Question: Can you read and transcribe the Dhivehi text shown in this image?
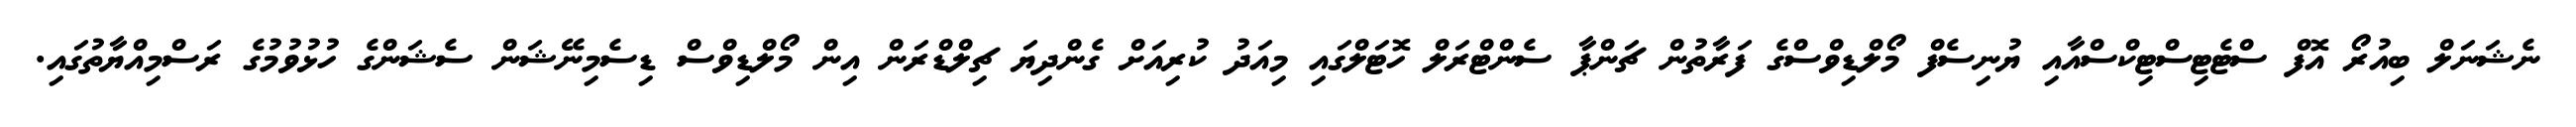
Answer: ނެޝަނަލް ބިއުރޯ އޮފް ސްޓެޓިސްޓިކްސްއާއި ޔުނިސެފް މޯލްޑިވްސްގެ ފަރާތުން ޗަންޕާ ސެންޓްރަލް ހޮޓަލްގައި މިއަދު ކުރިއަށް ގެންދިޔަ ޗިލްޑްރަން އިން މޯލްޑިވްސް ޑިސެމިނޭޝަން ސެޝަންގެ ހުޅުވުމުގެ ރަސްމިއްޔާތުގައި.